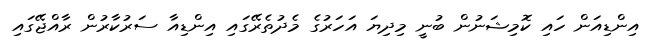
އިންޑިއަން ހައި ކޮމިޝަނުން ބުނީ މިދިޔަ އަހަރުގެ މެދުތެރޭގައި އިންޑިއާ ސަރުކާރުން ރާއްޖޭގައި